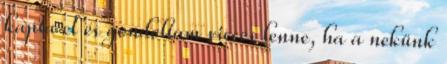
kapta el és gondoltam vicces lenne, ha a nekünk